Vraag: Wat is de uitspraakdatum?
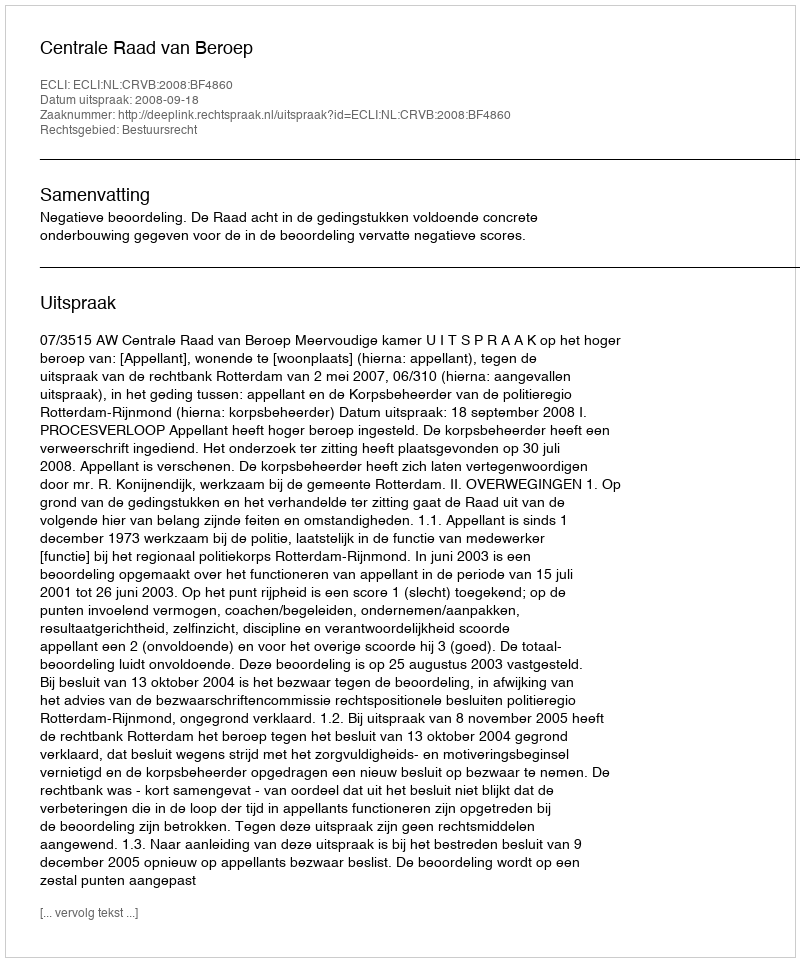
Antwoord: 2008-09-18